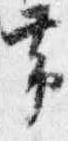
帯